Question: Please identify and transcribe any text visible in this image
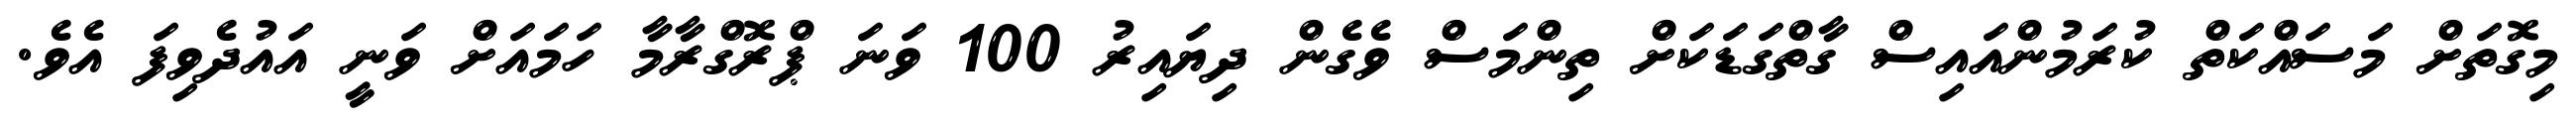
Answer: މިގޮތަށް މަސައްކަތް ކުރަމުންއައިސް ގާތްގަޑަކަށް ތިންމަސް ވެގެން ދިޔައިރު 100 ވަނަ ޕްރޮގްރާމާ ހަމައަށް ވަނީ އައުދެވިފަ އެވެ.